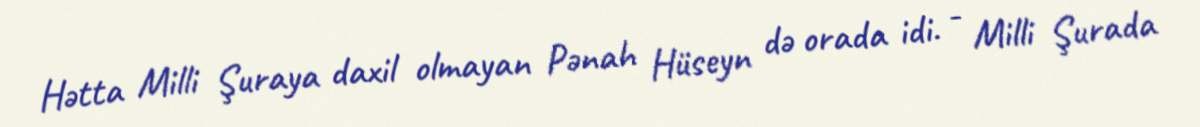
Hətta Milli Şuraya daxil olmayan Pənah Hüseyn də orada idi. - Milli Şurada